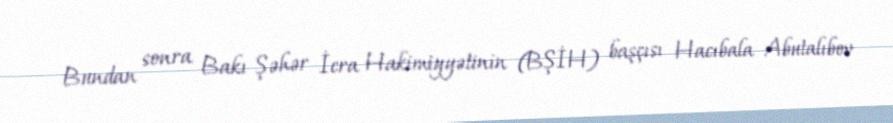
Bundan sonra Bakı Şəhər İcra Hakimiyyətinin (BŞİH) başçısı Hacıbala Abutalıbov